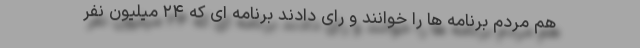
هم مردم برنامه ها را خوانند و رای دادند برنامه ای که ۲۴ میلیون نفر